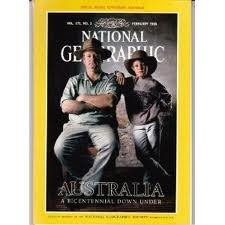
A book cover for National Geographic Magazine Vol 173 - No. 2 - Feb 1988; National Geographic; Science & Math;